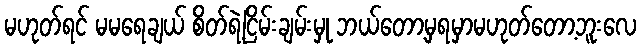
မဟုတ်ရင် မမရေချယ် စိတ်ရဲ့ငြိမ်းချမ်းမှု ဘယ်တော့မှရမှာမဟုတ်တော့ဘူးလေ